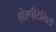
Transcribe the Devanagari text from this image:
होस्पीटेलिटी